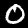
Label: 0